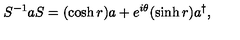
S ^ { - 1 } a S = ( \cosh r ) a + e ^ { i \theta } ( \sinh r ) a ^ { \dagger } ,